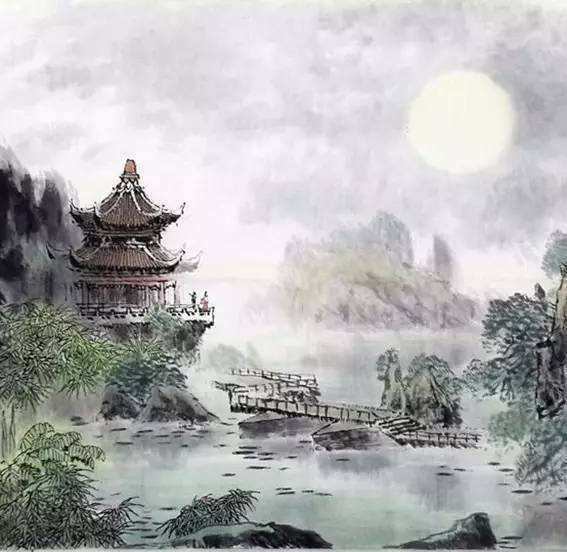
独上江楼思渺然，月光如水水如天。